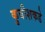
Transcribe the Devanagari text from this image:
कुबीशकडे